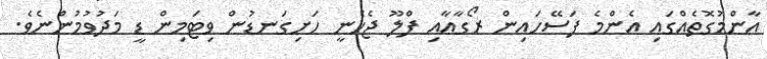
އާންމުގޮތެއްގައި އެންމެ ފަސޭހައިން ރޯގާއާއި ފްލޫ ޖެހެނީ ހަށިގަނޑުން ވިޓަމިން ޑީ މަދުވުމުންނެވެ.